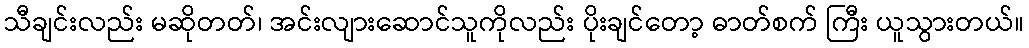
သီချင်းလည်း မဆိုတတ်၊ အင်းလျားဆောင်သူကိုလည်း ပိုးချင်တော့ ဓာတ်စက် ကြီး ယူသွားတယ်။